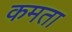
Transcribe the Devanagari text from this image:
कमता